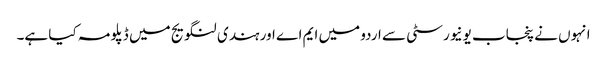
انہوں نے پنجاب یونیورسٹی سے اردو میں ایم اے اور ہندی لنگویج میں ڈپلو مہ کیا ہے۔